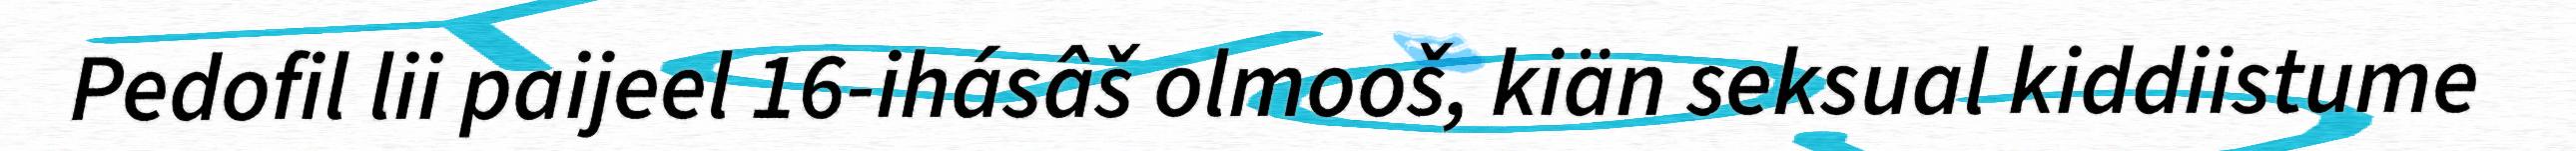
Pedofil lii paijeel 16-ihásâš olmooš, kiän seksual kiddiistume